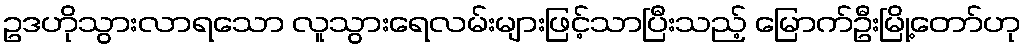
ဥဒဟိုသွားလာရသော လူသွားရေလမ်းများဖြင့်သာပြီးသည့် မြောက်ဦးမြို့တော်ဟု